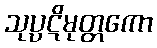
သုပ္ပဋိမုတ္တကော